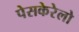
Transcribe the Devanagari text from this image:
पेसकेरेलो